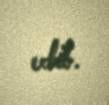
edib.